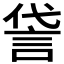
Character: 𫌸